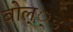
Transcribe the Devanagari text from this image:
बोल््ड